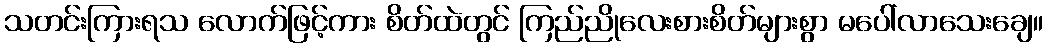
သတင်းကြားရသ လောက်ဖြင့်ကား စိတ်ထဲတွင် ကြည်ညိုလေးစားစိတ်များစွာ မပေါ်လာသေးချေ။